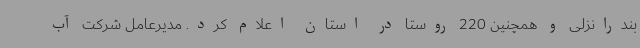
بندرانزلی و همچنین 220 روستا در استان اعلام کرد. مدیرعامل شرکت آب